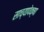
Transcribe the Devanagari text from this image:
साच्यापेक्षा